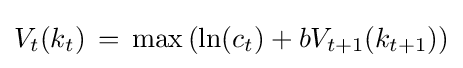
V_{t}(k_{t})\,=\,\max \left(\ln(c_{t})+bV_{t+1}(k_{t+1})\right)